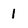
Character: l